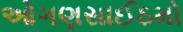
ઓગણસાઈઠમો